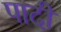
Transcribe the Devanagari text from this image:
पादी